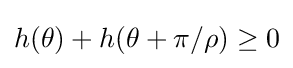
h(\theta )+h(\theta +\pi /\rho )\geq 0